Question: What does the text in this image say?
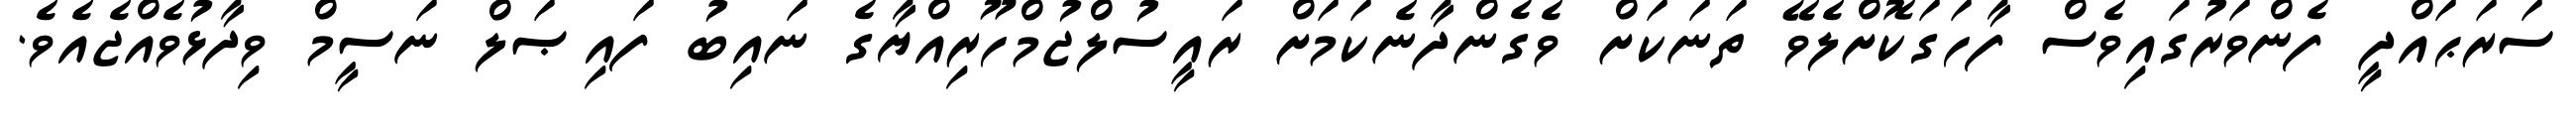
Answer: ސަރަޙައްދީ ފެންވަރުގައިވެސް ފާހަގަކޮށްލެވޭ ތަނަކަށް ވެގެންދާނެކަމަށް ރައީސުލްޖުމްހޫރިއްޔާގެ ނައިބު ފައިޞަލް ނަސީމް ވިދާޅުވެއްޖެއެވެ.